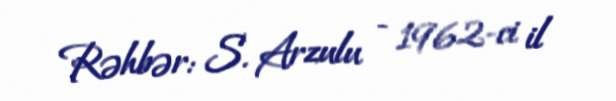
Rəhbər: S. Arzulu - 1962-ci il